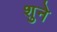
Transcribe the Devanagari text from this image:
शुने